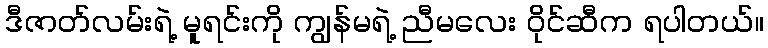
ဒီဇာတ်လမ်းရဲ့ မူရင်းကို ကျွန်မရဲ့ ညီမလေး ဝိုင်ဆီက ရပါတယ်။